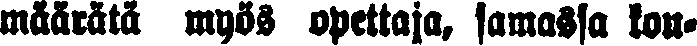
määrätä myös opettaja, samassa kou-